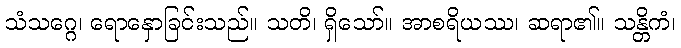
သံသဂ္ဂေ၊ ရောနှောခြင်းသည်။ သတိ၊ ရှိသော်။ အာစရိယဿ၊ ဆရာ၏။ သန္တိကံ၊